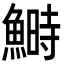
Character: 鰣